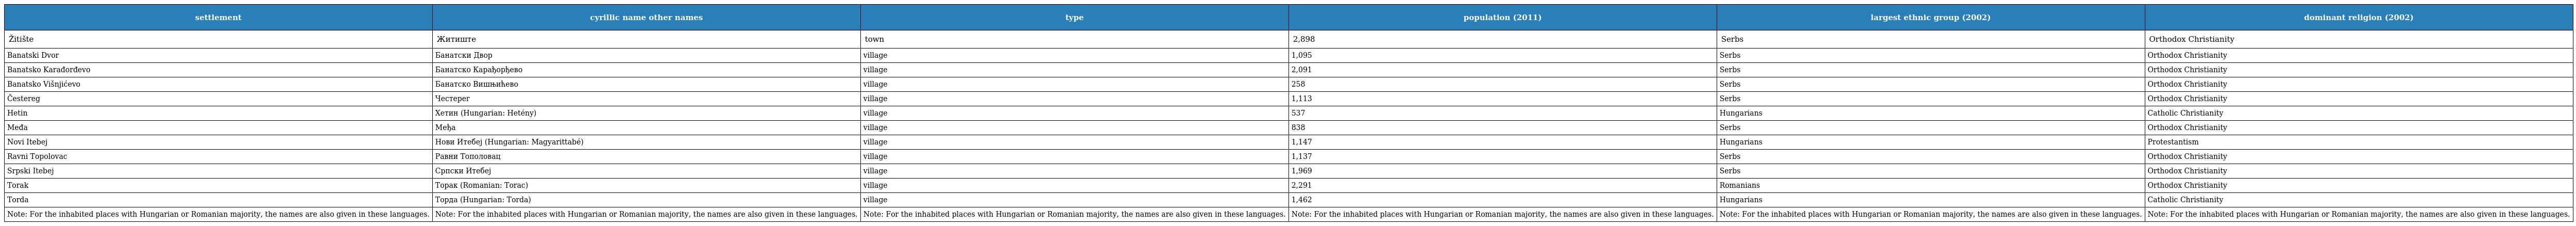
| settlement | cyrillic name other names | type | population (2011) | largest ethnic group (2002) | dominant religion (2002) |
 | --- | --- | --- | --- | --- | --- |
 | Žitište | Житиште | town | 2,898 | Serbs | Orthodox Christianity |
 | Banatski Dvor | Банатски Двор | village | 1,095 | Serbs | Orthodox Christianity |
 | Banatsko Karađorđevo | Банатско Карађорђево | village | 2,091 | Serbs | Orthodox Christianity |
 | Banatsko Višnjićevo | Банатско Вишњићево | village | 258 | Serbs | Orthodox Christianity |
 | Čestereg | Честерег | village | 1,113 | Serbs | Orthodox Christianity |
 | Hetin | Хетин (Hungarian: Hetény) | village | 537 | Hungarians | Catholic Christianity |
 | Međa | Међа | village | 838 | Serbs | Orthodox Christianity |
 | Novi Itebej | Нови Итебеј (Hungarian: Magyarittabé) | village | 1,147 | Hungarians | Protestantism |
 | Ravni Topolovac | Равни Тополовац | village | 1,137 | Serbs | Orthodox Christianity |
 | Srpski Itebej | Српски Итебеј | village | 1,969 | Serbs | Orthodox Christianity |
 | Torak | Торак (Romanian: Torac) | village | 2,291 | Romanians | Orthodox Christianity |
 | Torda | Торда (Hungarian: Torda) | village | 1,462 | Hungarians | Catholic Christianity |
 | Note: For the inhabited places with Hungarian or Romanian majority, the names are also given in these languages. | Note: For the inhabited places with Hungarian or Romanian majority, the names are also given in these languages. | Note: For the inhabited places with Hungarian or Romanian majority, the names are also given in these languages. | Note: For the inhabited places with Hungarian or Romanian majority, the names are also given in these languages. | Note: For the inhabited places with Hungarian or Romanian majority, the names are also given in these languages. | Note: For the inhabited places with Hungarian or Romanian majority, the names are also given in these languages. |